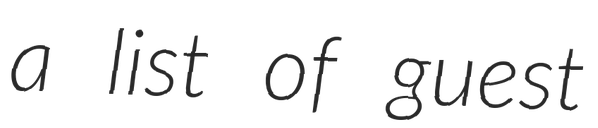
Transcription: a list of guest